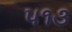
૫૧૩